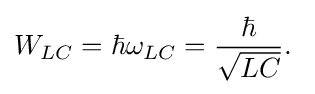
W_{LC}=\hbar \omega _{LC}={\frac {\hbar }{\sqrt {LC}}}.\